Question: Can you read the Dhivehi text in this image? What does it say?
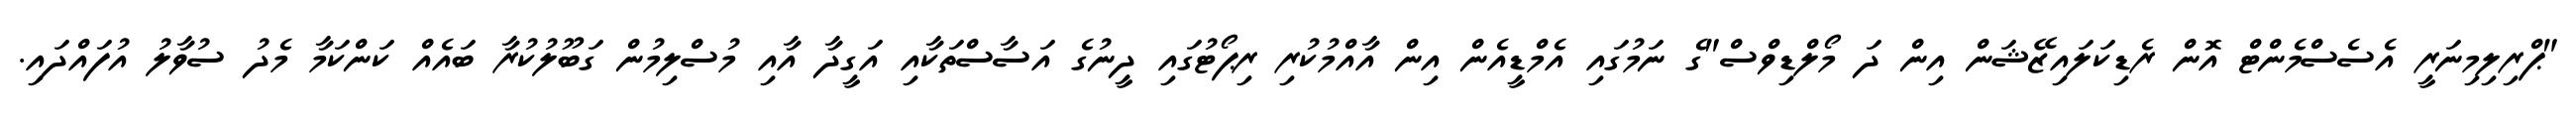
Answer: "ޕްރިލިމިނަރީ އެސެސްމެންޓް އޮން ރެޑިކަލައިޒޭޝަން އިން ދަ މޯލްޑިވްސް"ގެ ނަމުގައި އެމްޑީއެން އިން އާއްމުކުރި ރިޕޯޓުގައި ދީނުގެ އަސާސްތަކާއި އަގީދާ އާއި މުސްލިމުން ގަބޫލުކުރާ ބައެއް ކަންކަމާ މެދު ސުވާލު އުފައްދައި.